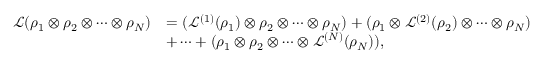
\begin{array} { r l } { \mathcal { L } ( \rho _ { 1 } \otimes \rho _ { 2 } \otimes \cdots \otimes \rho _ { N } ) } & { = ( \mathcal { L } ^ { ( 1 ) } ( \rho _ { 1 } ) \otimes \rho _ { 2 } \otimes \cdots \otimes \rho _ { N } ) + ( \rho _ { 1 } \otimes \mathcal { L } ^ { ( 2 ) } ( \rho _ { 2 } ) \otimes \cdots \otimes \rho _ { N } ) } \\ & { + \cdots + ( \rho _ { 1 } \otimes \rho _ { 2 } \otimes \cdots \otimes \mathcal { L } ^ { ( N ) } ( \rho _ { N } ) ) , } \end{array}